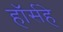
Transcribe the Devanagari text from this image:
हॉर्सहे